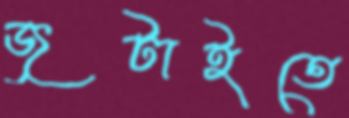
জুটাইতে